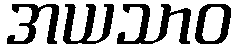
အယသာဝ